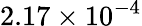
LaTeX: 2.17\times 10^{-4}